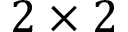
2 \times 2